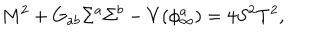
M ^ { 2 } + G _ { a b } \Sigma ^ { a } \Sigma ^ { b } - V ( \phi _ { \infty } ^ { a } ) = 4 S ^ { 2 } T ^ { 2 } ,